画像に写った文字を読んでください
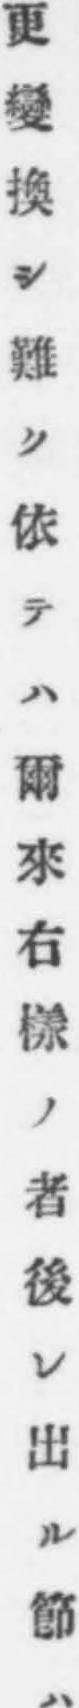
「更變換シ難ク依テハ爾來右樣ノ者後レ出ル節ハ」と書いてあります